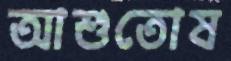
আশুতোষ